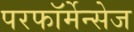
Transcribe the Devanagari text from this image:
परफॉर्मेन्सेज